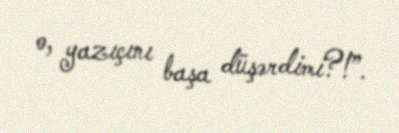
o, yazıçını başa düşərdimi?!”.